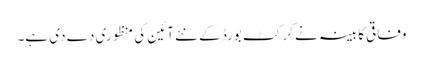
وفاقی کابینہ نے کرکٹ بورڈ کے نئے آئین کی منظوری دے دی ہے۔